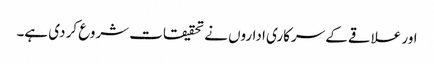
اور علاقے کے سرکاری اداروں نے تحقیقات شروع کر دی ہے۔